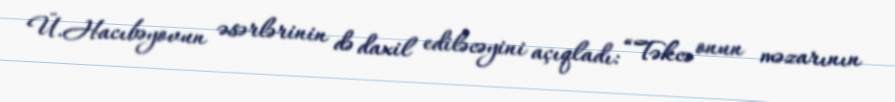
Ü.Hacıbəyovun əsərlərinin də daxil ediləcəyini açıqladı: “Təkcə onun məzarının